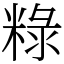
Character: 粶